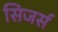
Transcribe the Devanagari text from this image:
सिजर्स